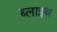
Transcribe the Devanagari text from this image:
ब्लाइथ